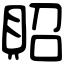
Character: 𧵓